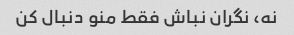
نه، نگران نباش فقط منو دنبال کن